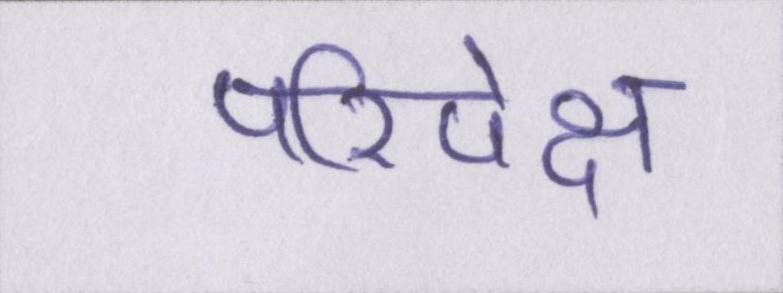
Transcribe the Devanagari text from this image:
परिपेक्ष